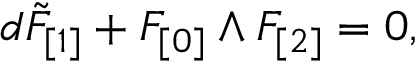
d \tilde { F } _ { [ 1 ] } + F _ { [ 0 ] } \wedge F _ { [ 2 ] } = 0 ,